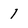
Character: 1